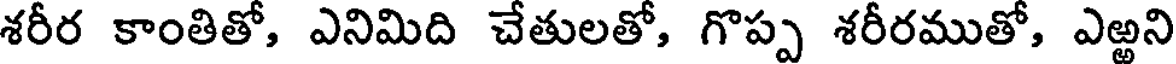
శరీర కాంతితో, ఎనిమిది చేతులతో, గొప్ప శరీరముతో, ఎఱ్ఱని